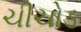
ચીચોડ